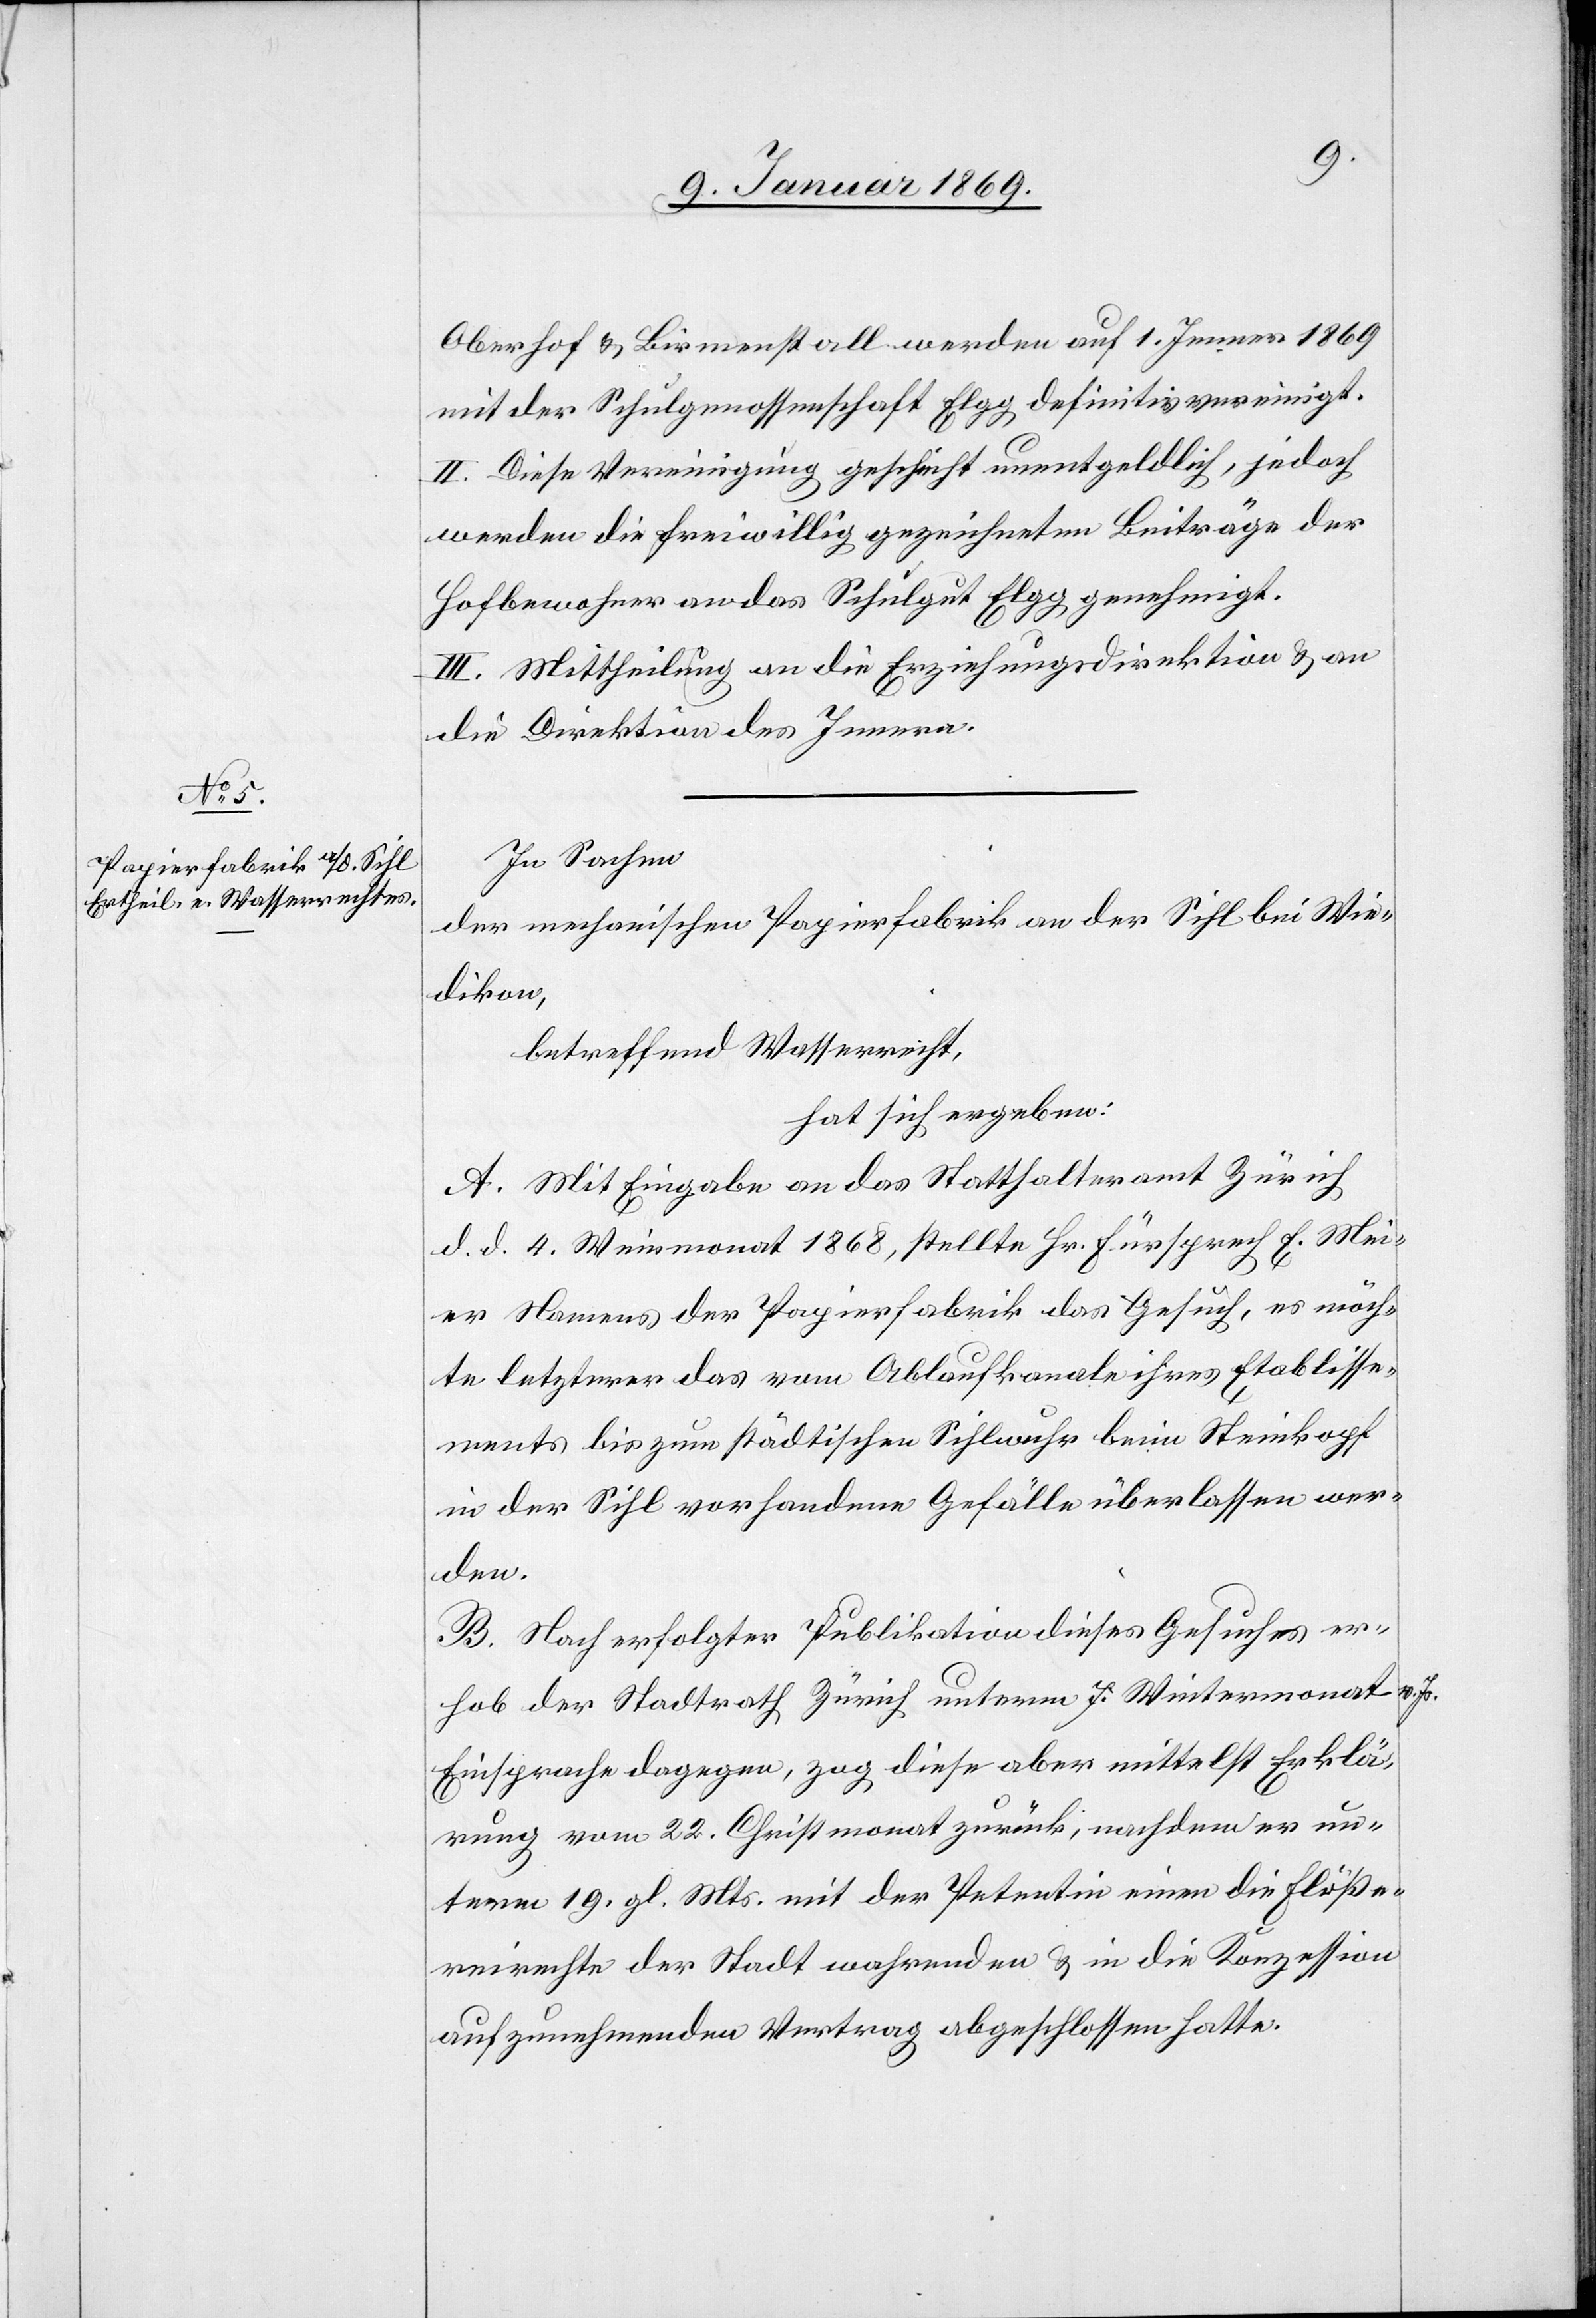
Oberdorf & Birmenstall werden auf 1. Jenner 1869
mit der Schulgenossenschaft Elgg definitiv vereinigt.
II. Diese Vereinigung geschieht unentgeldlich, jedoch
werden die freiwillig gezeichneten Beiträge der
Hofbewohner an das Schulgut Elgg genehmigt.
III. Mittheilung an die Erziehungsdirektion & an
die Direktion des Innern.
In Sachen
der mechanischen Papierfabrik an der Sihl bei Wie¬
dikon,
betreffend Wasserrecht,
hat sich ergeben:
A. Mit Eingabe an das Statthalteramt Zürich,
d. d. 4. Weinmonat 1868, stellte Hr. Fürsprech E. Mei¬
er Namens der Papierfabrik das Gesuch, es möch¬
te letzterer das vom Ablaufkanale ihres Etablisse¬
ments bis zum städtischen Sihlwuhr beim Steinkopf
in der Sihl vorhandene Gefälle überlassen wer¬
den.
B. Nach erfolgter Publikation dieses Gesuches er¬
hob der Stadtrath Zürich unterm 7. Wintermonat v. Js.
Einsprache dagegen, zog diese aber mittelst Erklä¬
rung vom 22. Christmonat zurück, nachdem er un¬
term 19.. gl. Mts. mit der Petentin einen die Flöße¬
reirechte der Stadt wahrenden & in die Konzession
aufzunehmenden Vertrag abgeschlossen hatte.